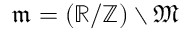
{ \mathfrak { m } } = ( \mathbb { R } / \mathbb { Z } ) \setminus { \mathfrak { M } }